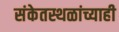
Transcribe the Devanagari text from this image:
संकेतस्थळांच्याही